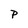
Character: P